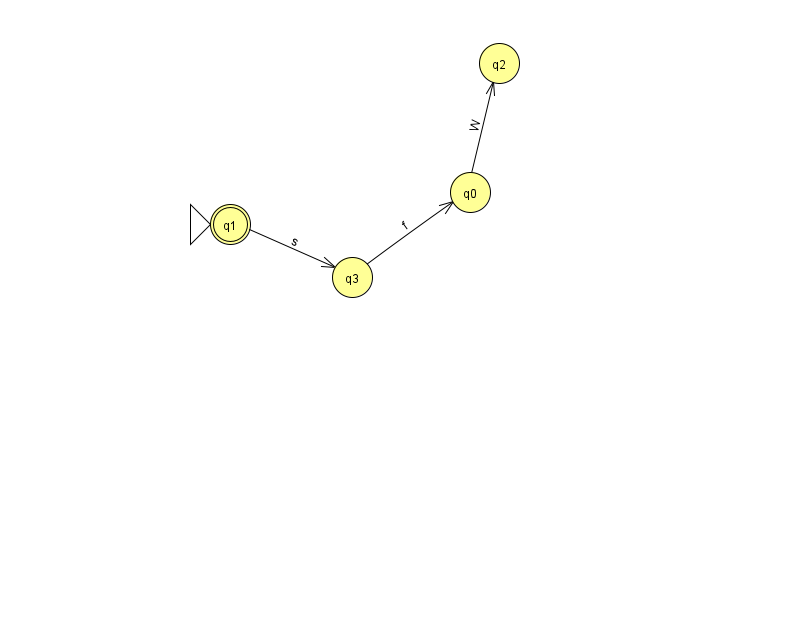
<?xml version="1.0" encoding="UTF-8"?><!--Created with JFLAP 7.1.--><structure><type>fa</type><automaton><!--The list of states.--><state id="0" name="q0"><x>470.0</x><y>179.0</y></state><state id="1" name="q1"><x>230.0</x><y>211.0</y><initial/><final/></state><state id="2" name="q2"><x>499.0</x><y>50.0</y></state><state id="3" name="q3"><x>352.0</x><y>264.0</y></state><!--The list of transitions.--><transition><from>1</from><to>3</to><read>s</read></transition><transition><from>3</from><to>0</to><read>f</read></transition><transition><from>0</from><to>2</to><read>W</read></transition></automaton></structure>